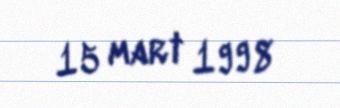
15 mart 1998